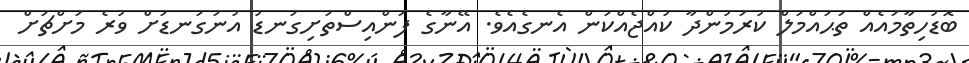
ބޮޑުހިތާމައެއް ތަޙައްމަލް ކުރަމުންދާ ކުއްޖެއްކަން އެނގެއެވެ. އޭނާގެ ފަންއިސްތަށިގަނޑު އުނަގަނޑަށް ވުރެ މަށްޗަށް